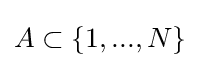
A\subset \{1,...,N\}